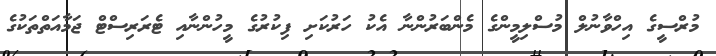
މުރްސީގެ އިހްވާނުލް މުސްލިމީންގެ މެންބަރުންނާ އެކު ހަރުކަށި ފިކުރުގެ މީހުންނާއި ޓެރަރިސްޓް ޖަމާއަތްތަކުގެ